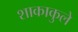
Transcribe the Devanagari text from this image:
शाकाकुले